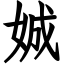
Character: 娍